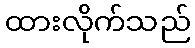
ထားလိုက်သည်